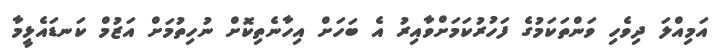
އަމިއްލަ ދިވެހި ވަންތަކަމުގެ ފަހުރުކަމަށްވާއިރު އެ ބަހަށް އިހާނެތިކޮށް ނުހިތުމަށް އަޒުމް ކަނޑައެޅީމާ